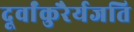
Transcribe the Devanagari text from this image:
दूर्वांकुरैर्यजति